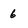
Character: 6